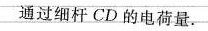
通过细杆CD的电荷量。